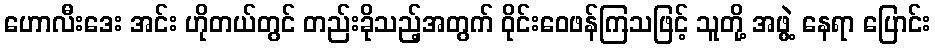
ဟောလီးဒေး အင်း ဟိုတယ်တွင် တည်းခိုသည့်အတွက် ဝိုင်းဝေဖန်ကြသဖြင့် သူတို့ အဖွဲ့ နေရာ ပြောင်း